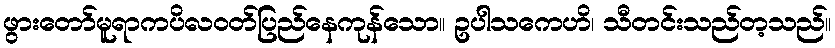
ဖွားတော်မူရာကပိလဝတ်ပြည်နေကုန်သော။ ဥပါသကေဟိ၊ သီတင်းသည်တ့သည်။